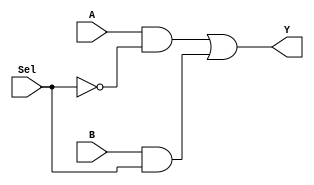
module MUX(Y, A, B, Sel);
	input A, B, Sel;
	output Y;
	wire t1, t2;
	
	and(t1, A, ~Sel),
		(t2, B, Sel);
	or(Y, t1,t2);
endmodule